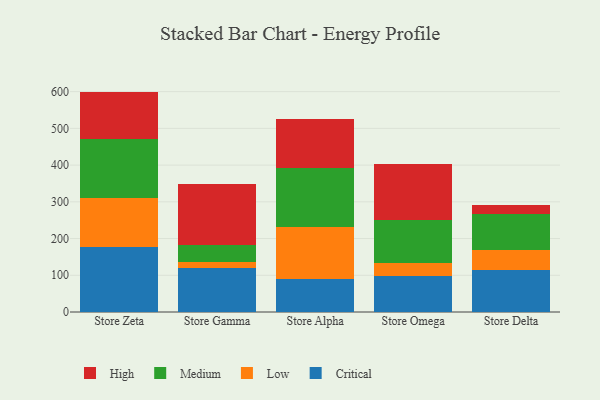
{"axis": {"x": "Store", "y": "Energy Usage (MWh)"}, "legend": ["Critical", "High", "Low", "Medium"], "data": [{"x": "Store Zeta", "y": 177.9, "type": "Critical"}, {"x": "Store Zeta", "y": 132.6, "type": "Low"}, {"x": "Store Zeta", "y": 160.4, "type": "Medium"}, {"x": "Store Zeta", "y": 129.3, "type": "High"}, {"x": "Store Gamma", "y": 120.3, "type": "Critical"}, {"x": "Store Gamma", "y": 16.6, "type": "Low"}, {"x": "Store Gamma", "y": 46.8, "type": "Medium"}, {"x": "Store Gamma", "y": 164.9, "type": "High"}, {"x": "Store Alpha", "y": 89.3, "type": "Critical"}, {"x": "Store Alpha", "y": 141.2, "type": "Low"}, {"x": "Store Alpha", "y": 162.9, "type": "Medium"}, {"x": "Store Alpha", "y": 131.9, "type": "High"}, {"x": "Store Omega", "y": 96.8, "type": "Critical"}, {"x": "Store Omega", "y": 36.1, "type": "Low"}, {"x": "Store Omega", "y": 118.2, "type": "Medium"}, {"x": "Store Omega", "y": 151.3, "type": "High"}, {"x": "Store Delta", "y": 113.6, "type": "Critical"}, {"x": "Store Delta", "y": 56.6, "type": "Low"}, {"x": "Store Delta", "y": 95.9, "type": "Medium"}, {"x": "Store Delta", "y": 24.3, "type": "High"}]}